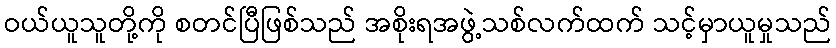
ဝယ်ယူသူတို့ကို စတင်ပြီဖြစ်သည် အစိုးရအဖွဲ့သစ်လက်ထက် သင့်မှာယူမှုသည်